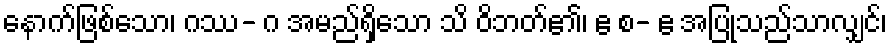
နောက်ဖြစ်သော၊ ဂဿ- ဂ အမည်ရှိသော သိ ဝိဘတ်၏၊ ဧ စ- ဧ အပြုသည်သာလျှင်၊